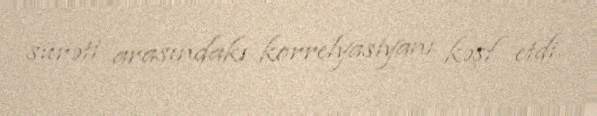
sürəti arasındakı korrelyasiyanı kəşf etdi.